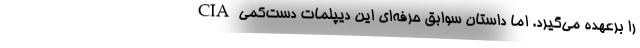
CIA را برعهده می‌گیرد. اما داستان سوابق حرفه‌ای این دیپلمات دست‌کمی